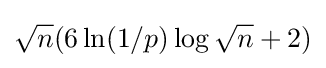
{\sqrt {n}}(6\ln(1/p)\log {\sqrt {n}}+2)